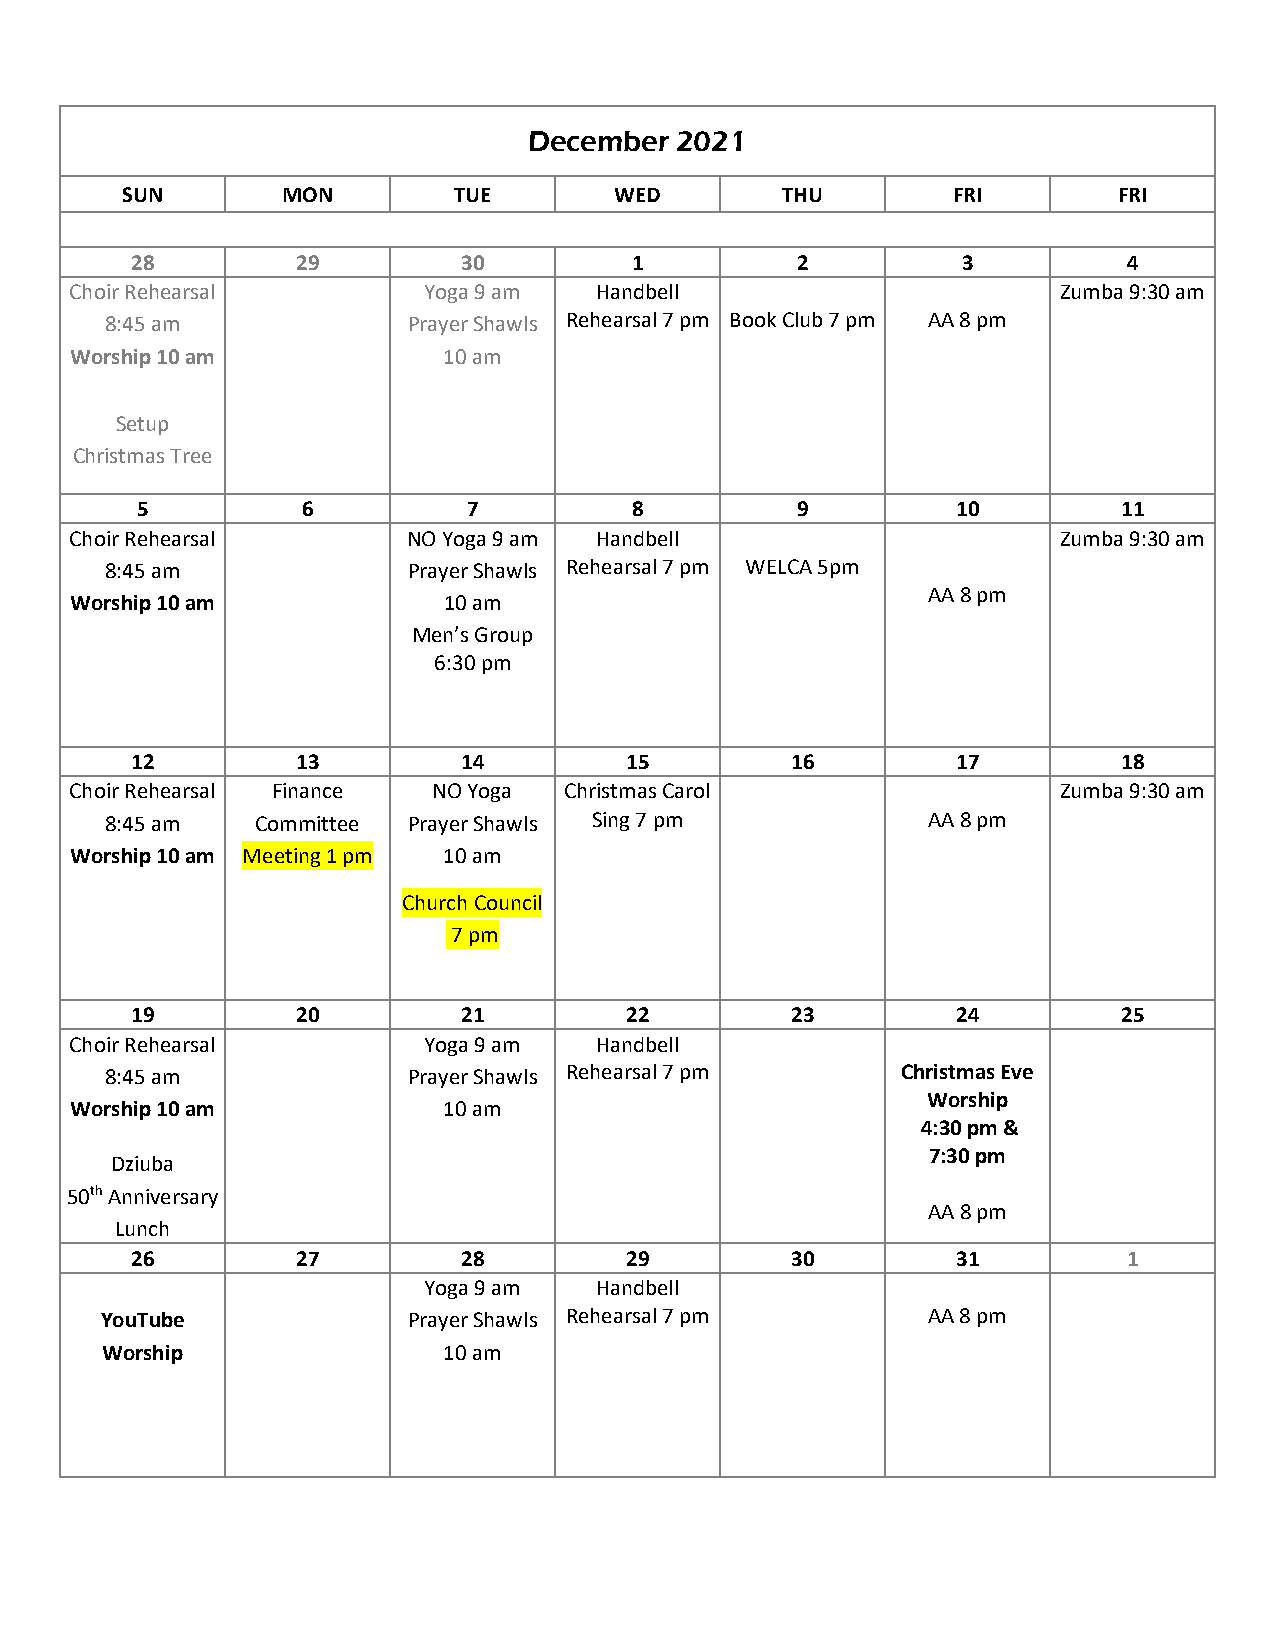
December  2021
 SUN        MON        TUE        WED        THU        FRI        FRI
 28         29         30         1          2          3          4
 Choir Rehearsal        Yoga 9 am  Handbell                       Zumba 9:30 am
 8:45 am             Prayer Shawls Rehearsal 7 pm Book Club 7 pm AA 8 pm
 Worship 10 am           10 am
 Setup
 Christmas Tree
 5          6          7          8          9         10         11
 Choir Rehearsal       NO Yoga 9 am Handbell                      Zumba 9:30 am
 8:45 am             Prayer Shawls Rehearsal 7 pm WELCA 5pm
 AA 8 pm
 Worship 10 am           10 am
 Men’s Group
 6:30 pm
 12         13         14        15         16         17         18
 Choir Rehearsal Finance NO Yoga Christmas Carol                  Zumba 9:30 am
 8:45 am   Committee Prayer Shawls Sing 7 pm           AA 8 pm
 Worship 10 am Meeting 1 pm 10 am
 Church Council
 7 pm
 19         20         21        22         23         24         25
 Choir Rehearsal        Yoga 9 am  Handbell
 8:45 am             Prayer Shawls Rehearsal 7 pm     Christmas Eve
 Worship
 Worship 10 am           10 am
 4:30 pm &
 7:30 pm
 Dziuba
 50th Anniversary
 AA 8 pm
 Lunch
 2 6        27         2 8       29         30         31          1
 Yoga 9 am  Handbell
 YouT ube            Prayer Shawls Rehearsal 7 pm      AA 8 pm
 Worship               10 am